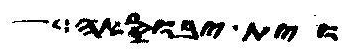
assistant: וית יבוסאה